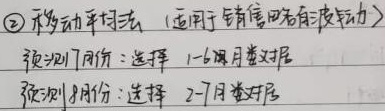
\textcircled{2} 移动平均法（适用于销售量有自波动）
预测7月份：选择1 - 6月数据
预测8月份：选择2 - 7月数据